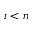
i < n